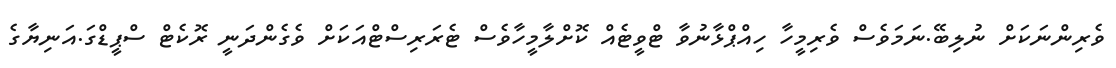
ވެރިންނަކަށް ނުލިބޭ.ނަމަވެސް ވެރިމީހާ ހިއްޕްޅާނުވާ ޓްވީޓެއް ކޮށްލާމީހާވެސް ޓެރަރިސްޓްއަކަށް ވެގެންދަނީ ރޮކެޓް ސްޕީޑްގަ.އަނިޔާގެ